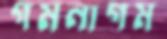
গমনাগম